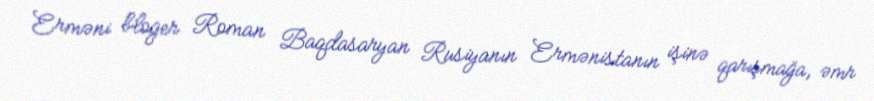
Erməni bloger Roman Baqdasaryan Rusiyanın Ermənistanın işinə qarışmağa, əmr